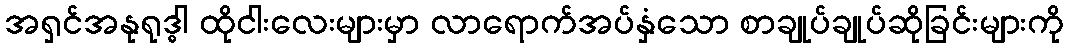
အရှင်အနုရုဒ္ဓါ ထိုငါးလေးများမှာ လာရောက်အပ်နှံသော စာချုပ်ချုပ်ဆိုခြင်းများကို